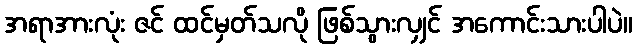
အရာအားလုံး ဇင် ထင်မှတ်သလို ဖြစ်သွားလျှင် အကောင်းသားပါပဲ။